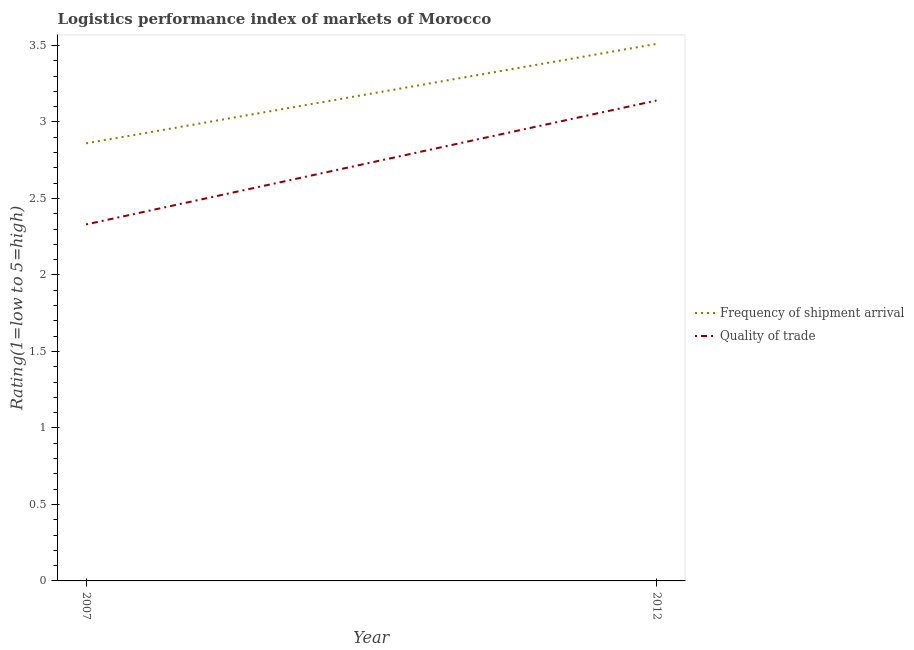
| Year | Frequency of shipment arrival | Quality of trade |
 | --- | --- | --- |
 | 2007 | 2.86 | 2.33 |
 | 2012 | 3.51 | 3.14 |